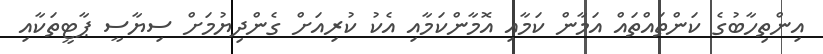
އިންތިހާބުގެ ކަންތައްތައް އަމާން ކަމާއި އޮމާންކަމާއި އެކު ކުރިއަށް ގެންދިޔުމަށް ސިޔާސީ ޕާޓީތަކާއި